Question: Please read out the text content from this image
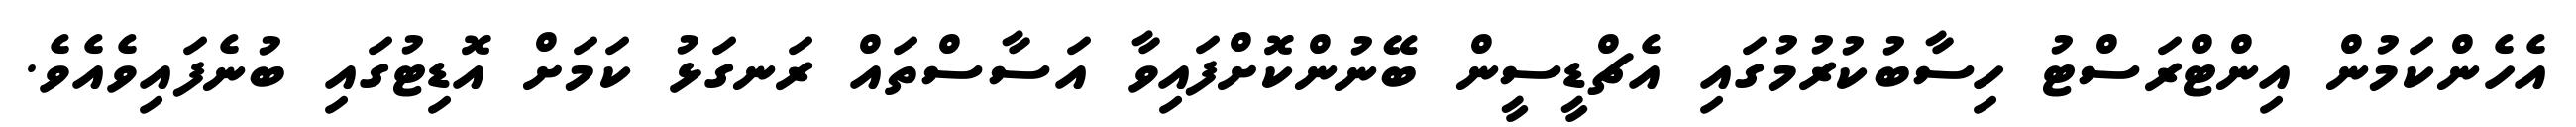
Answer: އެހެންކަމުން އިންޓްރަސްޓު ހިސާބުކުރުމުގައި އެޗްޑީސީން ބޭނުންކޮށްފައިވާ އަސާސްތައް ރަނގަޅު ކަމަށް އޮޑިޓުގައި ބުނެފައިވެއެވެ.